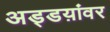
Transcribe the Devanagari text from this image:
अड्डय़ांवर